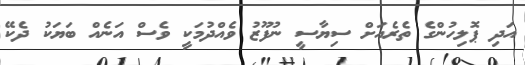
އަދި ޕޮލިހުންގެ ތެރެއަށް ސިޔާސީ ނުފޫޒު ވެއްދުމަކީ ވެސް އަނެއް ބަޔަކު ދެކޭ